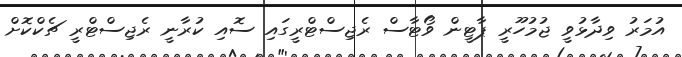
އުމަރު ވިދާޅުވީ ޖުމުހޫރީ ޕާޓީން ވޯޓާސް ރެޖިސްޓްރީގައި ސޮއި ކުރާނީ ރެޖިސްޓްރީ ޗެކްކޮށް